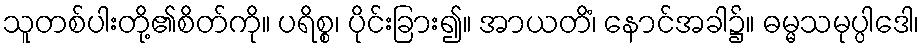
သူတစ်ပါးတို့၏စိတ်ကို။ ပရိစ္စ၊ ပိုင်းခြား၍။ အာယတိံ၊ နောင်အခါ၌။ ဓမ္မသမုပ္ပါဒေါ၊